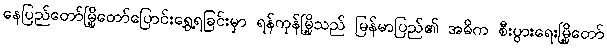
နေပြည်တော်မြို့တော်ပြောင်းရွှေ့ရခြင်းမှာ ရန်ကုန်မြို့သည် မြန်မာပြည်၏ အဓိက စီးပွားရေးမြို့တော်